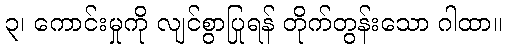
၃၊ ကောင်းမှုကို လျင်စွာပြုရန် တိုက်တွန်းသော ဂါထာ။